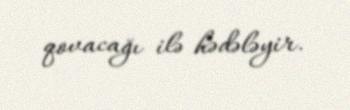
qovacağı ilə hədələyir.